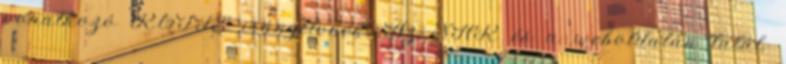
vonatkozó R&TTE irányelvnek. Az SAR és a weboldalán talál.